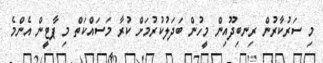
މި ސަރުކާރުން ރިނބިދޫއިން މީހުން ބަދަލުކުރުމަށް ކުރާ މަސައްކަތް މި ޕާޓީން އެންމެ